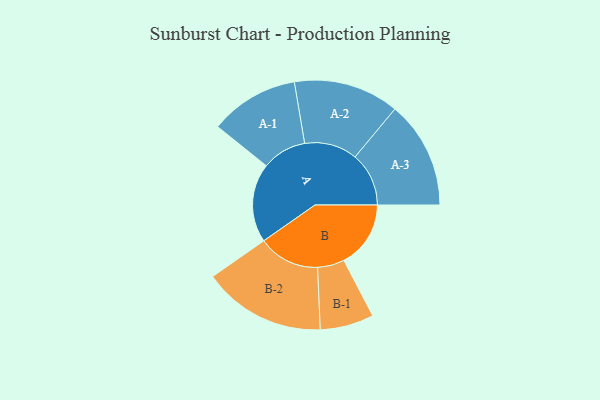
{"axis": {"x": "Segment", "y": "Value"}, "legend": ["", "A", "B"], "data": [{"x": "A", "y": 326, "type": ""}, {"x": "B", "y": 276, "type": ""}, {"x": "A-1", "y": 184, "type": "A"}, {"x": "A-2", "y": 218, "type": "A"}, {"x": "A-3", "y": 222, "type": "A"}, {"x": "B-1", "y": 111, "type": "B"}, {"x": "B-2", "y": 254, "type": "B"}]}